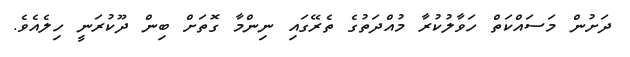
ދަށުން މަސައްކަތް ހަވާލުކުރާ މުއްދަތުގެ ތެރޭގައި ނިންމާ ގޮތަށް ބިން ދޫކުރަނީ ހިލެއެވެ.